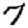
Digit: 7